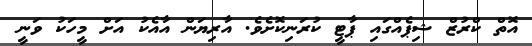
އޮތް ކްރުޒް ޝިޕެއްގައި ޕާޓީ ކުރަނިކޮށެވެ. އާރިޔަން އާއެކު އަށް މީހަކު ވަނީ